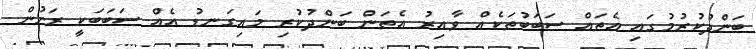
ބަންދުކުރުމުގައި އެތައް ސަބަބުތަކެއް ވާއިރު އެތަން ބަންދުކުރި މައިގަނޑު އެއް ސަބަބަކީ ރަށުން